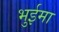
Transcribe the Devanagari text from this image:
भुईमा